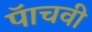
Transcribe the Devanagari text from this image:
पॅाचवी